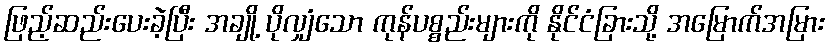
ဖြည့်ဆည်းပေးခဲ့ပြီး အချို့ ပိုလျှံသော ကုန်ပစ္စည်းများကို နိုင်ငံခြားသို့ အမြောက်အမြား